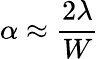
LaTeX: \alpha\approx{\frac{2\lambda}{W}}